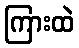
ကြားထဲ